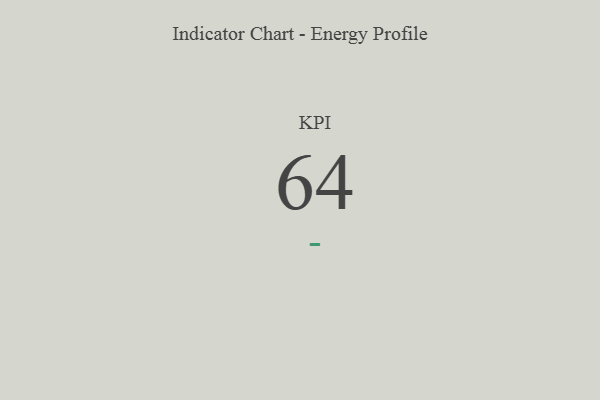
{"axis": {"x": "KPI", "y": "Value"}, "legend": [""], "data": [{"x": "KPI", "y": 64, "type": ""}]}